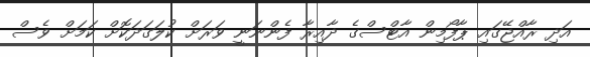
އަދި ރާއްޖޭގައި ޕާފޯމިން އާޓްސްގެ ދާއިރާ ފެންނަނީ ވަރަށް ކުލަގަދަކޮށް ކަމަށް ވެސް